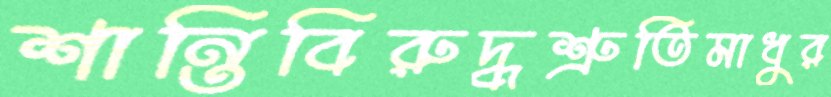
শান্তিবিরুদ্ধশ্রুতিমাধুর